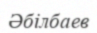
Әбілбаев